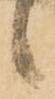
候